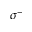
\sigma ^ { - }